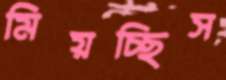
মিয়চ্ছিস